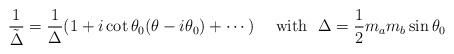
\begin{align*}\frac{1}{\tilde\Delta}=\frac{1}{\Delta}(1+i\cot\theta_0(\theta-i\theta_0)+\cdots)\quad~{\rm with}~~\Delta=\frac{1}{2}m_am_b\sin\theta_0\end{align*}